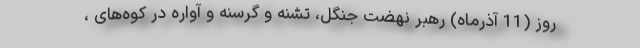
روز (11 آذرماه) رهبر نهضت جنگل، تشنه و گرسنه و آواره در کوه‌های ،